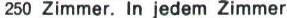
250 Zimmer. In jedem Zimmer